Insane asylums in Bengal annual reports 1876-1887 - 1876-1887
Year: 1876
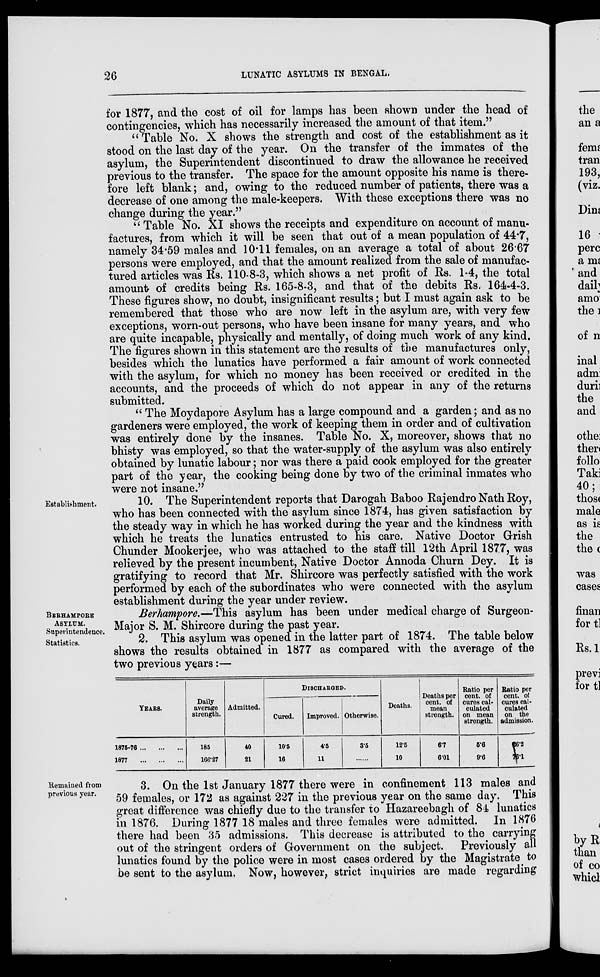
26
LUNATIC ASYLUMS IN BENGAL,
for 1877, and the cost of oil for lamps has been shown under the head of
contingencies, which has necessarily increased the amount of that item."
" Table No. X shows the strength and cost of the establishment as it
stood on the last day of the year. On the transfer of the immates of the
asylum, the Superintendent discontinued to draw the allowance he received
previous to the transfer. The space for the amount opposite his name is there-
fore left blank; and, owing to the reduced number of patients, there was a
decrease of one among the male-keepers. With these exceptions there was no
change during the year."
" Table No. XI shows the receipts and expenditure on account of manu-
factures, from which it will be seen that out of a mean population of 44.7,
namely 34.59 males and 10.11 females, on an average a total of about 26.67
persons were employed, and that the amount realized from the sale of manufac-
tured articles was Rs. 110-8-3, which shows a net profit of Rs. 1.4, the total
amount of credits being Rs. 165-8-3, and that of the debits Rs. 164-4-3.
These figures show, no doubt, insignificant results; but I must again ask to be
remembered that those who are now left in the asylum are, with very few
exceptions, worn-out persons, who have been insane for many years, and who
are quite incapable, physically and mentally, of doing much work of any kind.
The figures shown in this statement are the results of the manufactures only,
besides which the lunatics have performed a fair amount of work connected
with the asylum, for which no money has been received or credited in the
accounts, and the proceeds of which do not appear in any of the returns
submitted.
" The Moydapore Asylum has a large compound and a garden; and as no
gardeners were employed, the work of keeping them in order and of cultivation
was entirely done by the insanes. Table No. X, moreover, shows that no
bhisty was employed, so that the water-supply of the asylum was also entirely
obtained by lunatic labour; nor was there a paid cook employed for the greater
part of the year, the cooking being done by two of the criminal inmates who
were not insane."
Establishment.
10. The Superintendent reports that Darogah Baboo Rajendro Nath Roy,
who has been connected with the asylum since 1874, has given satisfaction by
the steady way in which he has worked during the year and the kindness with
which he treats the lunatics entrusted to his care. Native Doctor Grish
Chunder Mookerjee, who was attached to the staff till 12th April 1877, was
relieved by the present incumbent, Native Doctor Annoda Churn Dey. It is
gratifying to record that Mr. Shircore was perfectly satisfied with the work
performed by each of the subordinates who were connected with the asylum
establishment during the year under review.
BERHAMPORE
ASYLUM.
Superintendence.
Statistics.
Berhampore.—This asylum has been under medical charge of Surgeon-
Major S. M. Shircore during the past year.
2. This asylum was opened in the latter part of 1874. The table below
shows the results obtained in 1877 as compared with the average of the
two previous years :—
YEARS.
1875-76 ... ... ...
1877
...
...
...
Daily
average
strength.
185
166.27
Admitted.
40
21
DISCHARGED.
Cured.
10.5
16
Improved.
4.5
11
Otherwise.
3.5
......
Deaths.
12.5
10
Deaths per
cent. of
mean
strength.
6.7
6.01
Ratio per
cent. of
cures cal-
culated
on mean
strength.
5.6
9.6
Ratio per
cent. of
cures cal-
culated
on the
admission.
26.2
76.1
Remained from
previous year.
3. On the 1st January 1877 there were in confinement 113 males and
59 females, or 172 as against 227 in the previous year on the same day. This
great difference was chiefly due to the transfer to Hazareebagh of 84 lunatics
in 1876. During 1877 18 males and three females were admitted. In 1876
there had been 35 admissions. This decrease is attributed to the carrying
out of the stringent orders of Government on the subject. Previously all
lunatics found by the police were in most cases ordered by the Magistrate to
be sent to the asylum. Now, however, strict inquiries are made regarding